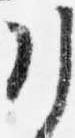
引